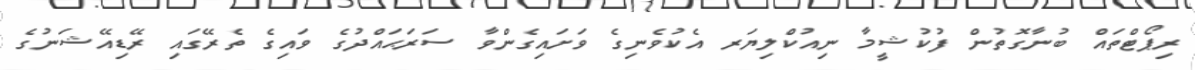
ރިޕޯޓްތައް ބުނާގޮތުން ފުކުޝީމާ ނިއުކްލިޔަރ އެކުވެނިގެ ވަށައިގެންވާ ސަރަޙައްދުގެ ވައިގެ ތެރޭގައި ރޭޑިއޭޝަނުގެ